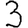
Digit: 3